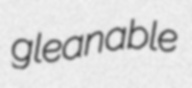
gleanable